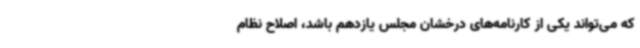
که می‌تواند یکی از کارنامه‌های درخشان مجلس یازدهم باشد، اصلاح نظام